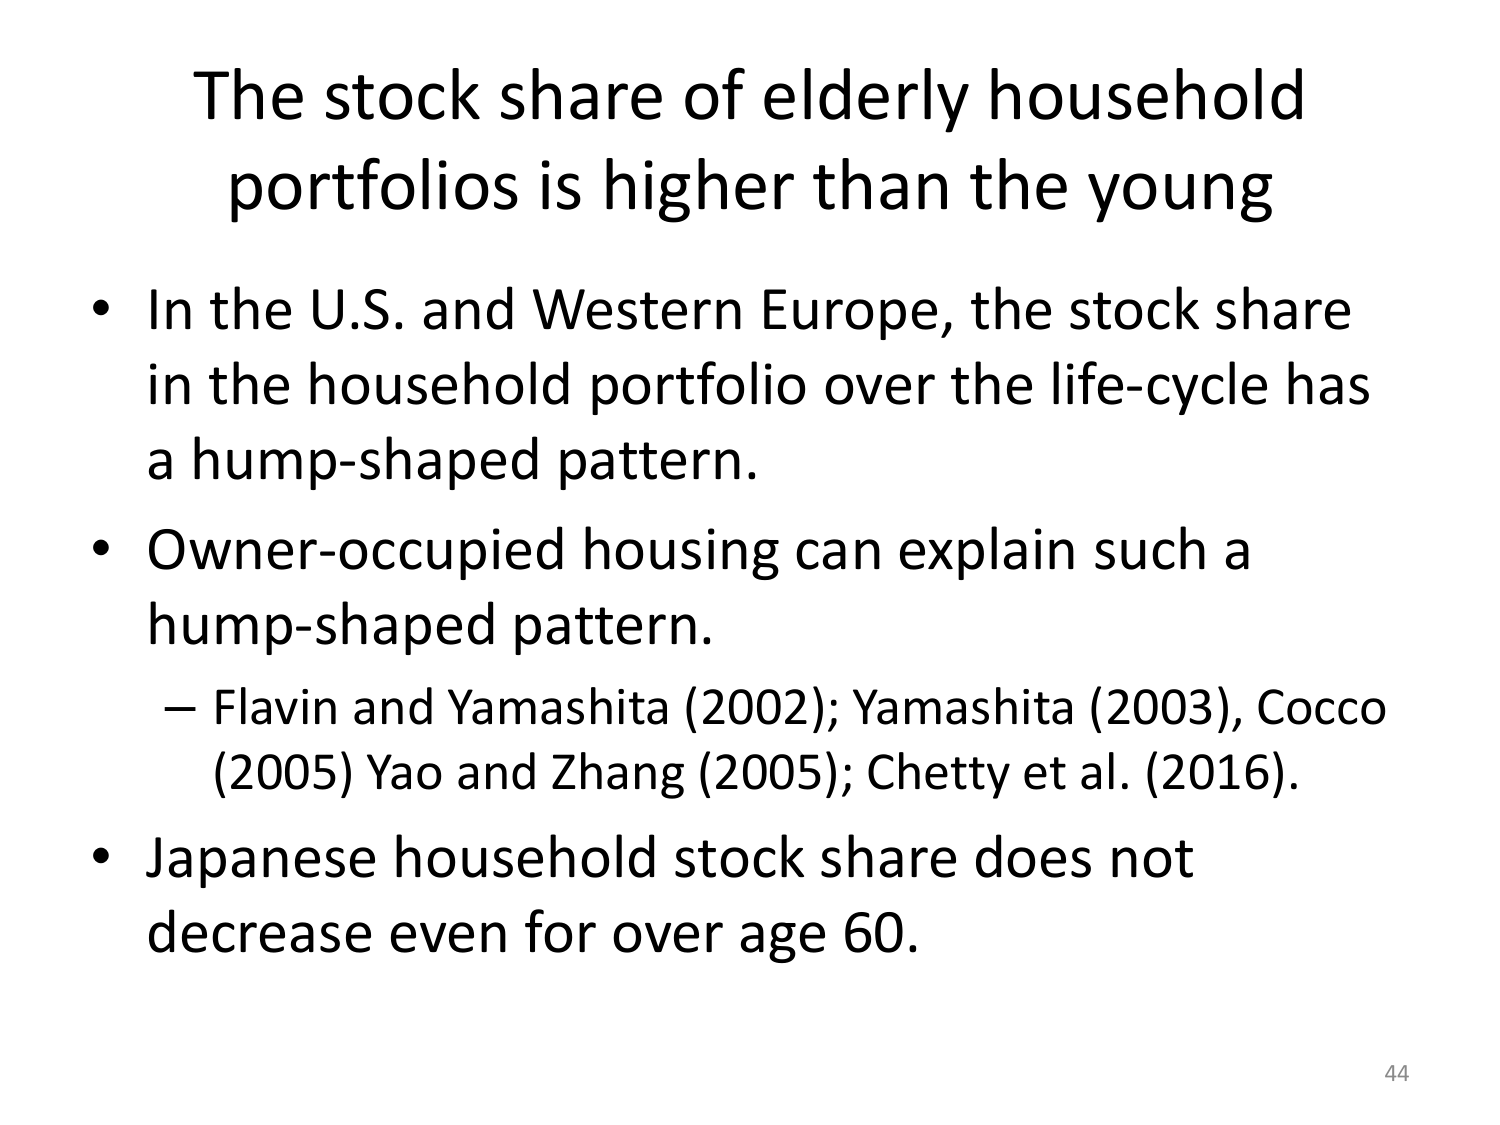
The stock share of elderly household portfolios is higher than the young

• In the U.S. and Western Europe, the stock share in the household portfolio over the life-cycle has a hump-shaped pattern.

• Owner-occupied housing can explain such a hump-shaped pattern.
– Flavin and Yamashita (2002); Yamashita (2003), Cocco (2005) Yao and Zhang (2005); Chetty et al. (2016).

• Japanese household stock share does not decrease even for over age 60.

44